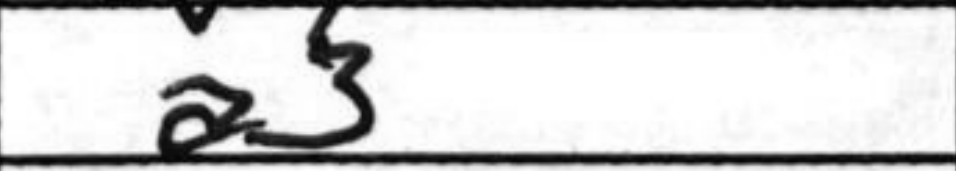
Transcription: a3